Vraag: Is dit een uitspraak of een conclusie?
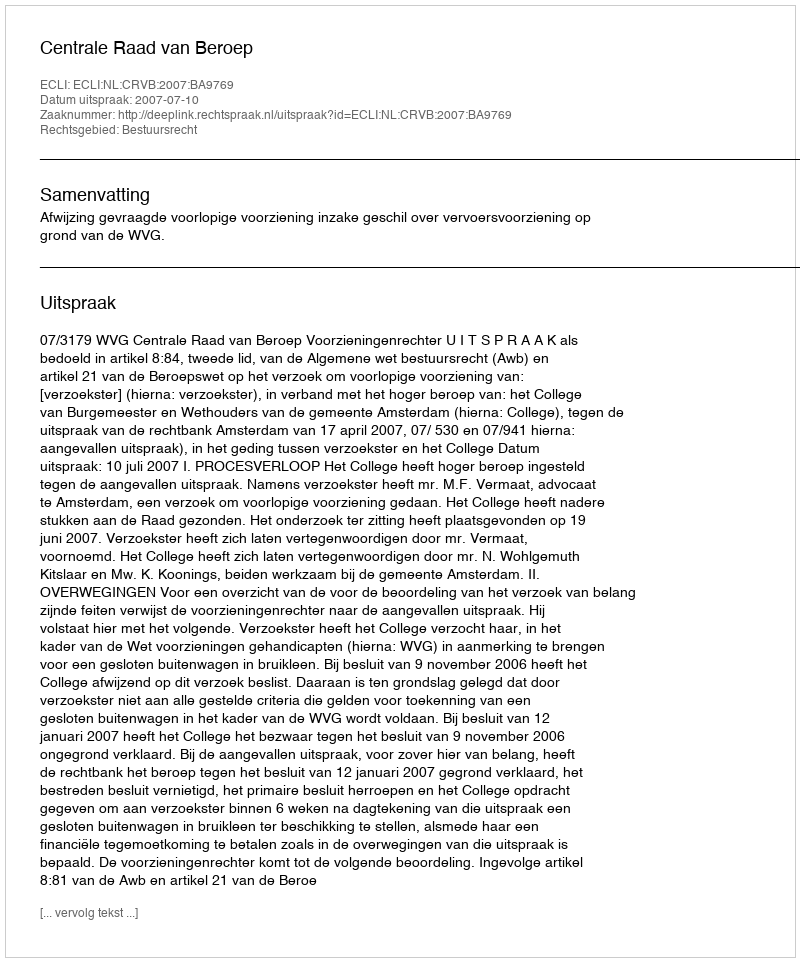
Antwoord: Uitspraak